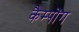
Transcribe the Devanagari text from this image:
कैम्पोंग